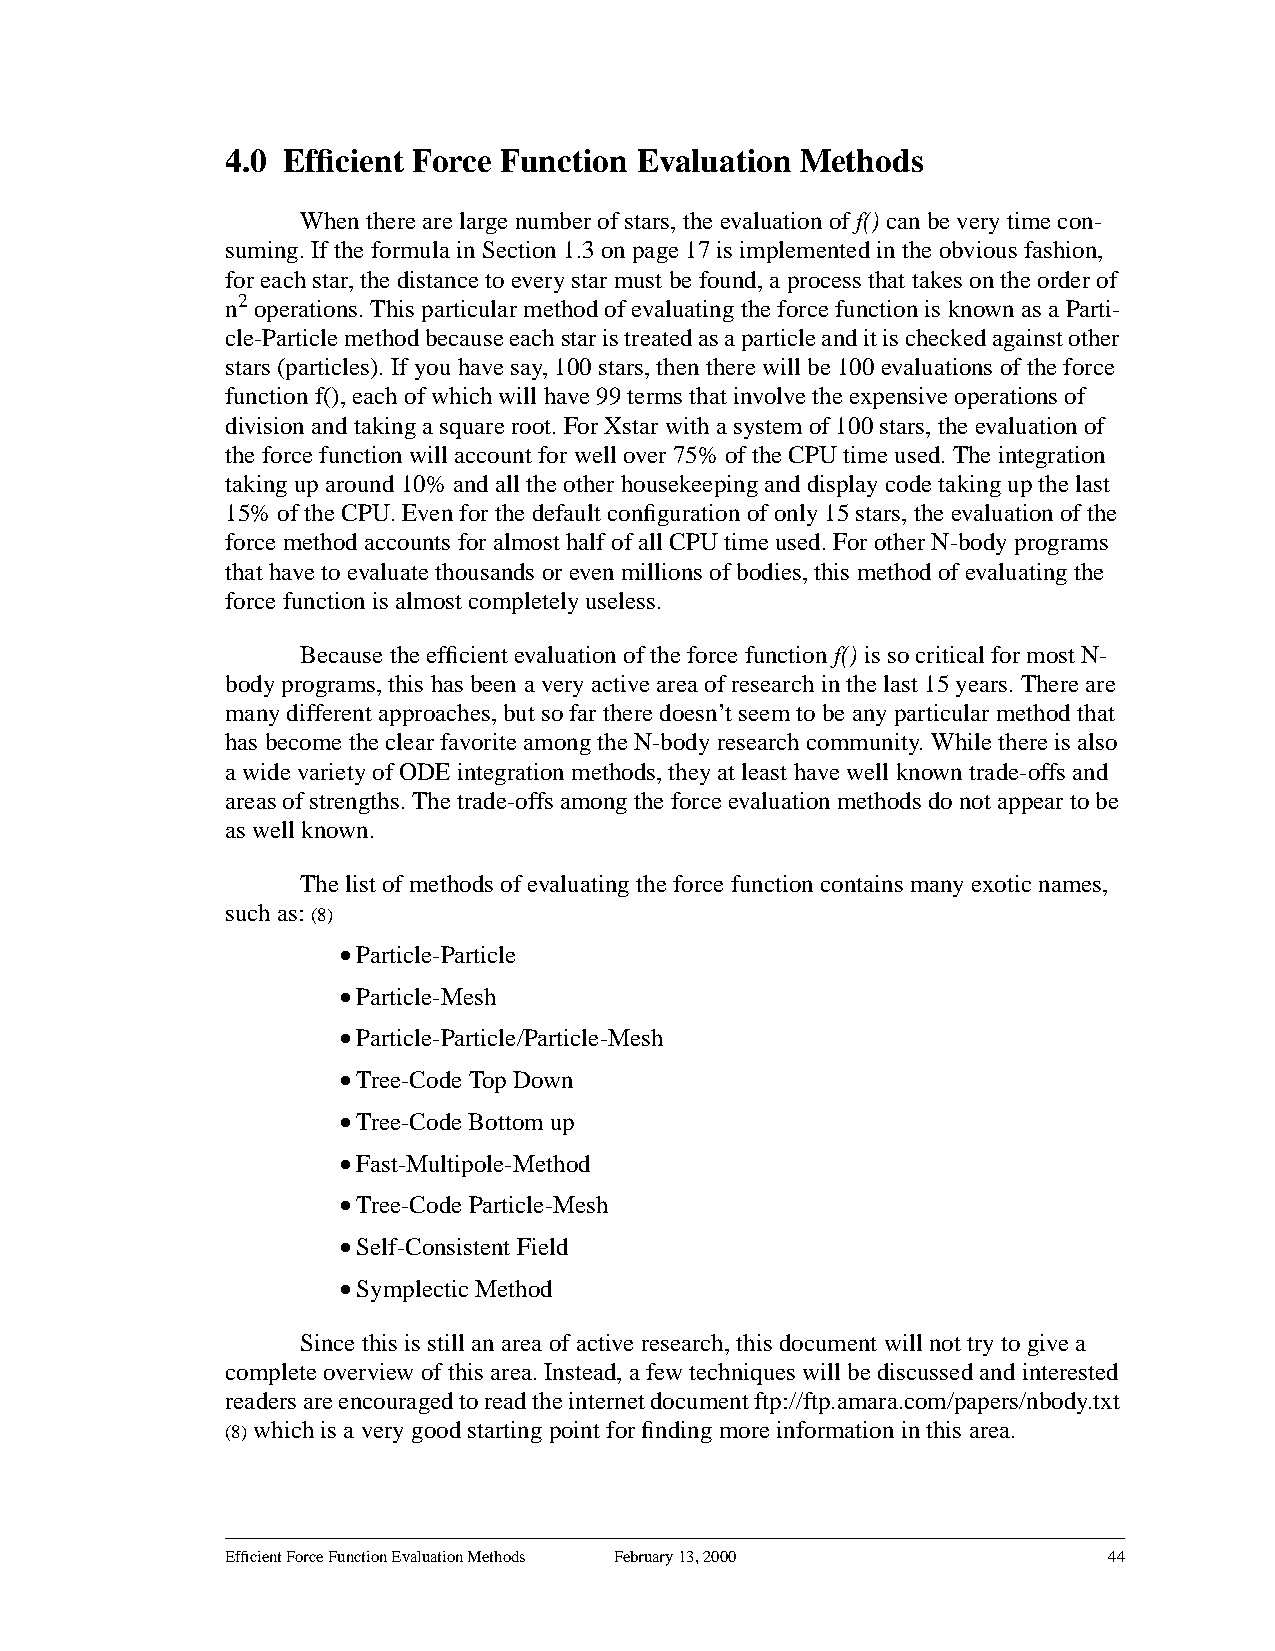
4.0 Efficient Force Function Evaluation Methods
 When there are large number of stars, the evaluation of f() can be very time con-
 suming. If the formula in Section1.3 on page 17 is implemented in the obvious fashion,
 for each star, the distance to every star must be found, a process that takes on the order of
 n2 operations. This particular method of evaluating the force function is known as a Parti-
 cle-Particlemethodbecauseeachstaristreatedasaparticleanditischeckedagainstother
 stars (particles). If you have say, 100 stars, then there will be 100 evaluations of the force
 function f(), each of which will have 99 terms that involve the expensive operations of
 division and taking a square root. For Xstar with a system of 100 stars, the evaluation of
 the force function will account for well over 75% of the CPU time used. The integration
 taking up around 10% and all the other housekeeping and display code taking up the last
 15% of the CPU. Even for the default configuration of only 15 stars, the evaluation of the
 force method accounts for almost half of all CPU time used. For other N-body programs
 that have to evaluate thousands or even millions of bodies, this method of evaluating the
 force function is almost completely useless.
 Because the efficient evaluation of the force function f() is so critical for most N-
 body programs, this has been a very active area of research in the last 15 years. There are
 many different approaches, but so far there doesn’t seem to be any particular method that
 has become the clear favorite among the N-body research community. While there is also
 a wide variety of ODE integration methods, they at least have well known trade-offs and
 areasofstrengths.Thetrade-offsamongtheforceevaluationmethodsdonotappeartobe
 as well known.
 The list of methods of evaluating the force function contains many exotic names,
 such as: (8)
 •Particle-Particle
 •Particle-Mesh
 •Particle-Particle/Particle-Mesh
 •Tree-Code Top Down
 •Tree-Code Bottom up
 •Fast-Multipole-Method
 •Tree-Code Particle-Mesh
 •Self-Consistent Field
 •Symplectic Method
 Since this is still an area of active research, this document will not try to give a
 completeoverviewofthisarea.Instead,afewtechniqueswillbediscussedandinterested
 readersareencouragedtoreadtheinternetdocumentftp://ftp.amara.com/papers/nbody.txt
 (8) which is a very good starting point for finding more information in this area.
 Efficient Force Function Evaluation Methods February 13, 2000 44